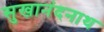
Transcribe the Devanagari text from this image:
सुखानंदनाथ